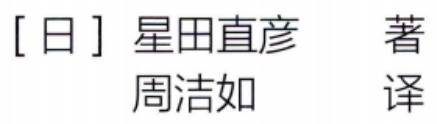
[日] 星田直彦 著

周洁如 译